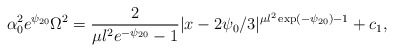
\begin{align*}\alpha_0^2 e^{\psi_{20}} \Omega^2=\frac{2}{\mu l^2 e^{-\psi_{20}}-1}| x-2 \psi_0 /3|^{\mu l^2 \exp(-\psi_{20})-1}+c_1 ,\end{align*}